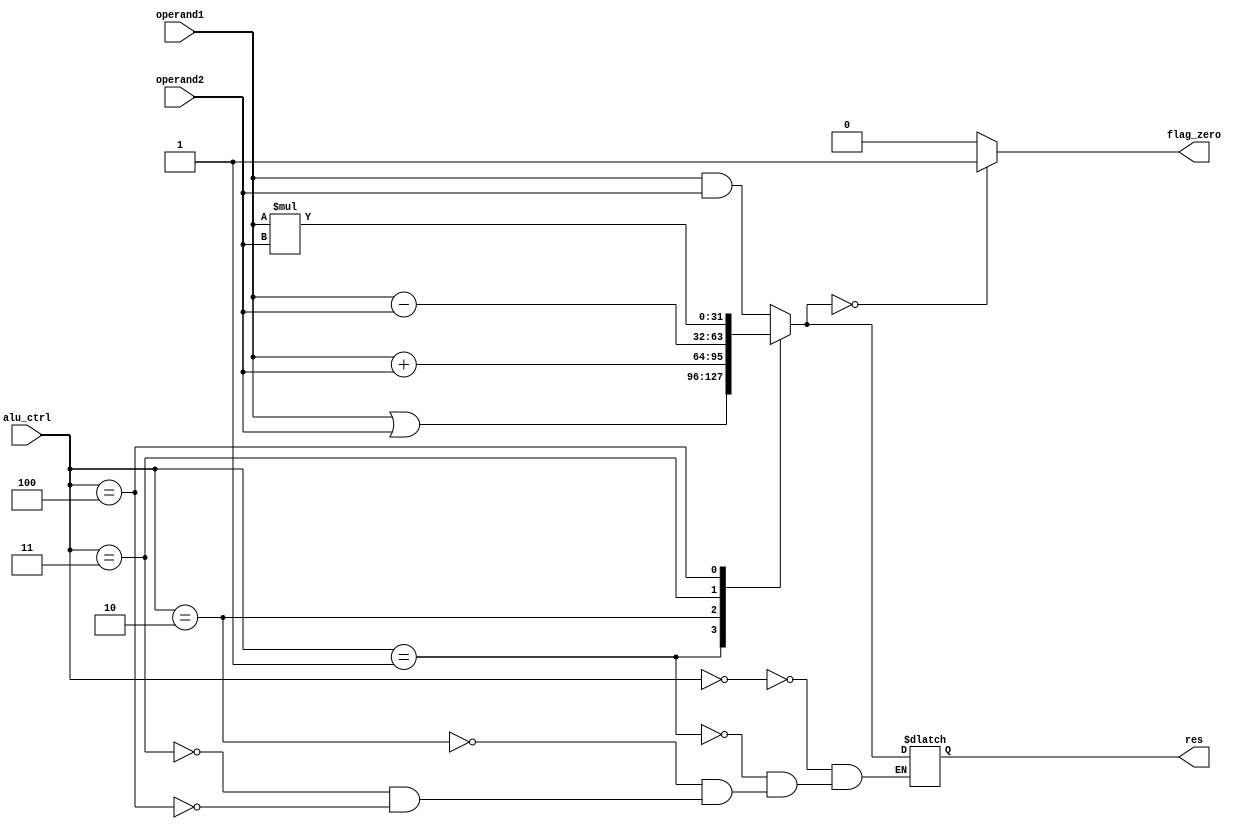
module ALU(operand1, operand2, alu_ctrl, res, flag_zero);

    //Input and Output
    input [31:0]operand1;
    input [31:0]operand2;
    input [3:0]alu_ctrl;

    output reg [31:0]res;
    output reg flag_zero =0;

always @(operand1, operand2, alu_ctrl) 
begin

    case (alu_ctrl) //ALU Computation
      4'b0000:  res= operand1 & operand2; //AND operator
      4'b0001:  res= operand1 | operand2; //OR operator
      4'b0010:  res= operand1 + operand2; //PLUS operator
      4'b0011:  res= operand1 - operand2; //MINUS operator
      4'b0100:  res= operand1 * operand2; //MULT operator
    endcase

    flag_zero = (res == 0)? 1 : 0;

end
endmodule // alu